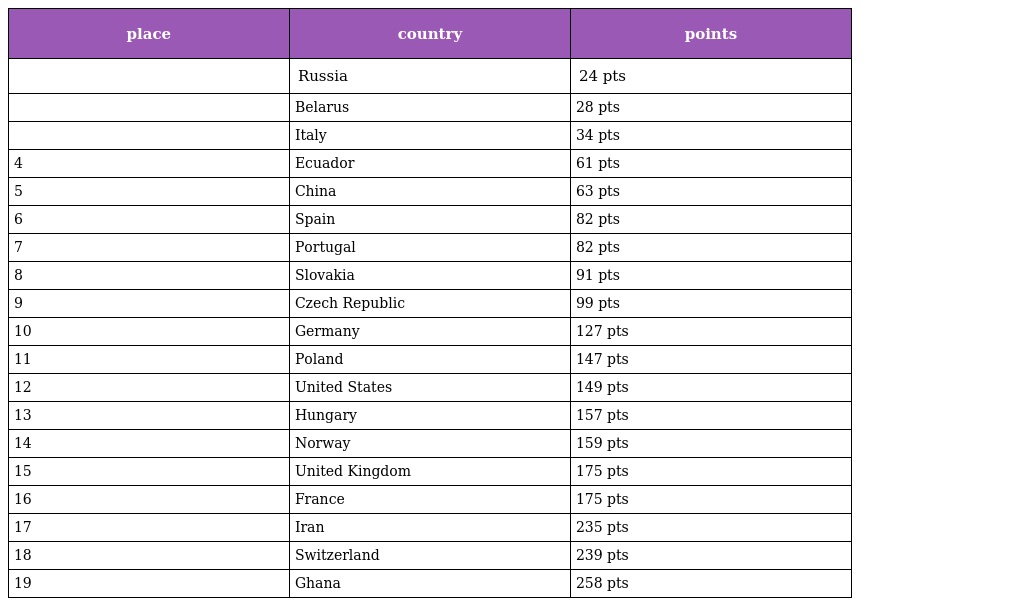
| place | country | points |
 | --- | --- | --- |
 |  | Russia | 24 pts |
 |  | Belarus | 28 pts |
 |  | Italy | 34 pts |
 | 4 | Ecuador | 61 pts |
 | 5 | China | 63 pts |
 | 6 | Spain | 82 pts |
 | 7 | Portugal | 82 pts |
 | 8 | Slovakia | 91 pts |
 | 9 | Czech Republic | 99 pts |
 | 10 | Germany | 127 pts |
 | 11 | Poland | 147 pts |
 | 12 | United States | 149 pts |
 | 13 | Hungary | 157 pts |
 | 14 | Norway | 159 pts |
 | 15 | United Kingdom | 175 pts |
 | 16 | France | 175 pts |
 | 17 | Iran | 235 pts |
 | 18 | Switzerland | 239 pts |
 | 19 | Ghana | 258 pts |